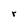
Character: r